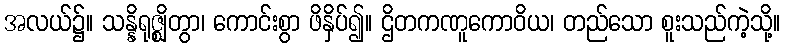
အလယ်၌။ သန္နိရုဇ္ဈိတွာ၊ ကောင်းစွာ ဖိနှိပ်၍။ ဌိတကဏူကောဝိယ၊ တည်သော စူးသည်ကဲ့သို့။